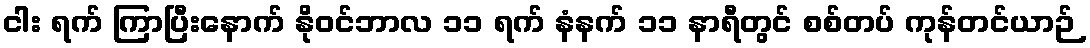
ငါး ရက် ကြာပြီးနောက် နိုဝင်ဘာလ ၁၁ ရက် နံနက် ၁၁ နာရီတွင် စစ်တပ် ကုန်တင်ယာဉ်